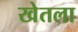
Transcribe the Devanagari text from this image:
खेतला